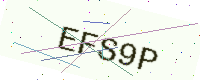
Text: EFS9P